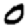
Digit: 0